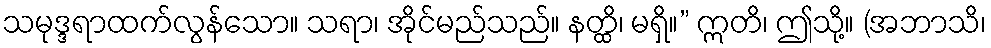
သမုဒ္ဒရာထက်လွန်သော။ သရာ၊ အိုင်မည်သည်။ နတ္ထိ၊ မရှိ။” ဣတိ၊ ဤသို့။ (အဘာသိ၊